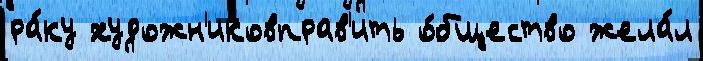
ра́ку художн'иковправ'ить о́бщество жела́л